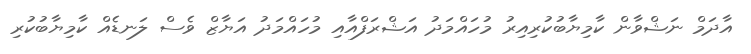
އާދަމް ނަޝްވާން ކާމިޔާބުކުރިއިރު މުހައްމަދު އަޝްރަފްއާއި މުހައްމަދު އަޔާޒް ވެސް ލަނޑެއް ކާމިޔާބުކުރި